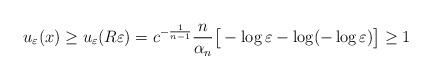
LaTeX: \begin{align*}u_\varepsilon(x) \geq u_\varepsilon(R\varepsilon) = c^{-\frac1{n-1}} \frac n{\alpha_n}\big[-\log \varepsilon - \log (-\log \varepsilon)\big]\geq 1\end{align*}